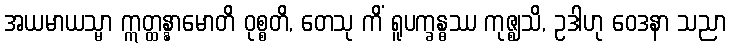
အယမာယသ္မာ ဣတ္ထန္နာမောတိ ဝုစ္စတိ, တေသု ကိံ ရူပက္ခန္ဓဿ ကုဇ္ဈသိ, ဥဒါဟု ဝေဒနာ သညာ